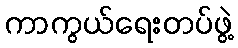
ကာကွယ်ရေးတပ်ဖွဲ့